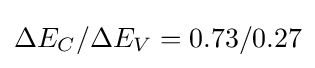
\Delta E_{C}/\Delta E_{V}=0.73/0.27